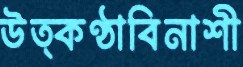
উত্কণ্ঠাবিনাশী